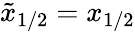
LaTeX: \tilde{x}_{1/2}=x_{1/2}